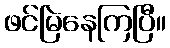
ဖင်မြဲနေကြပြီ။